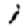
Digit: 1